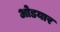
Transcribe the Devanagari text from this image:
ओडयार